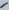
Text: -